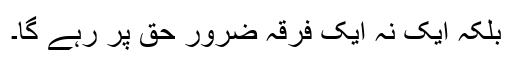
بلکہ ایک نہ ایک فرقہ ضرور حق پر رہے گا۔